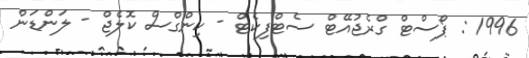
1996 : ޕޯސްޓް ގްރެޖުއޭޓް ސެޓްފިކެޓް - ކިންގްސް ކޮލެޖް - ލަންޑަން